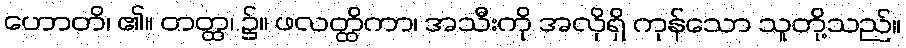
ဟောတိ၊ ၏။ တတ္ထ၊ ၌။ ဖလတ္ထိကာ၊ အသီးကို အလိုရှိ ကုန်သော သူတို့သည်။